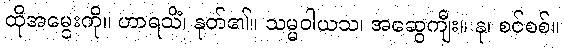
ထိုအမွေးကို။ ဟာရသိံ၊ နုတ်၏။ သမ္မဝါယသ၊ အဆွေကျီး။ နု၊ စင်စစ်။